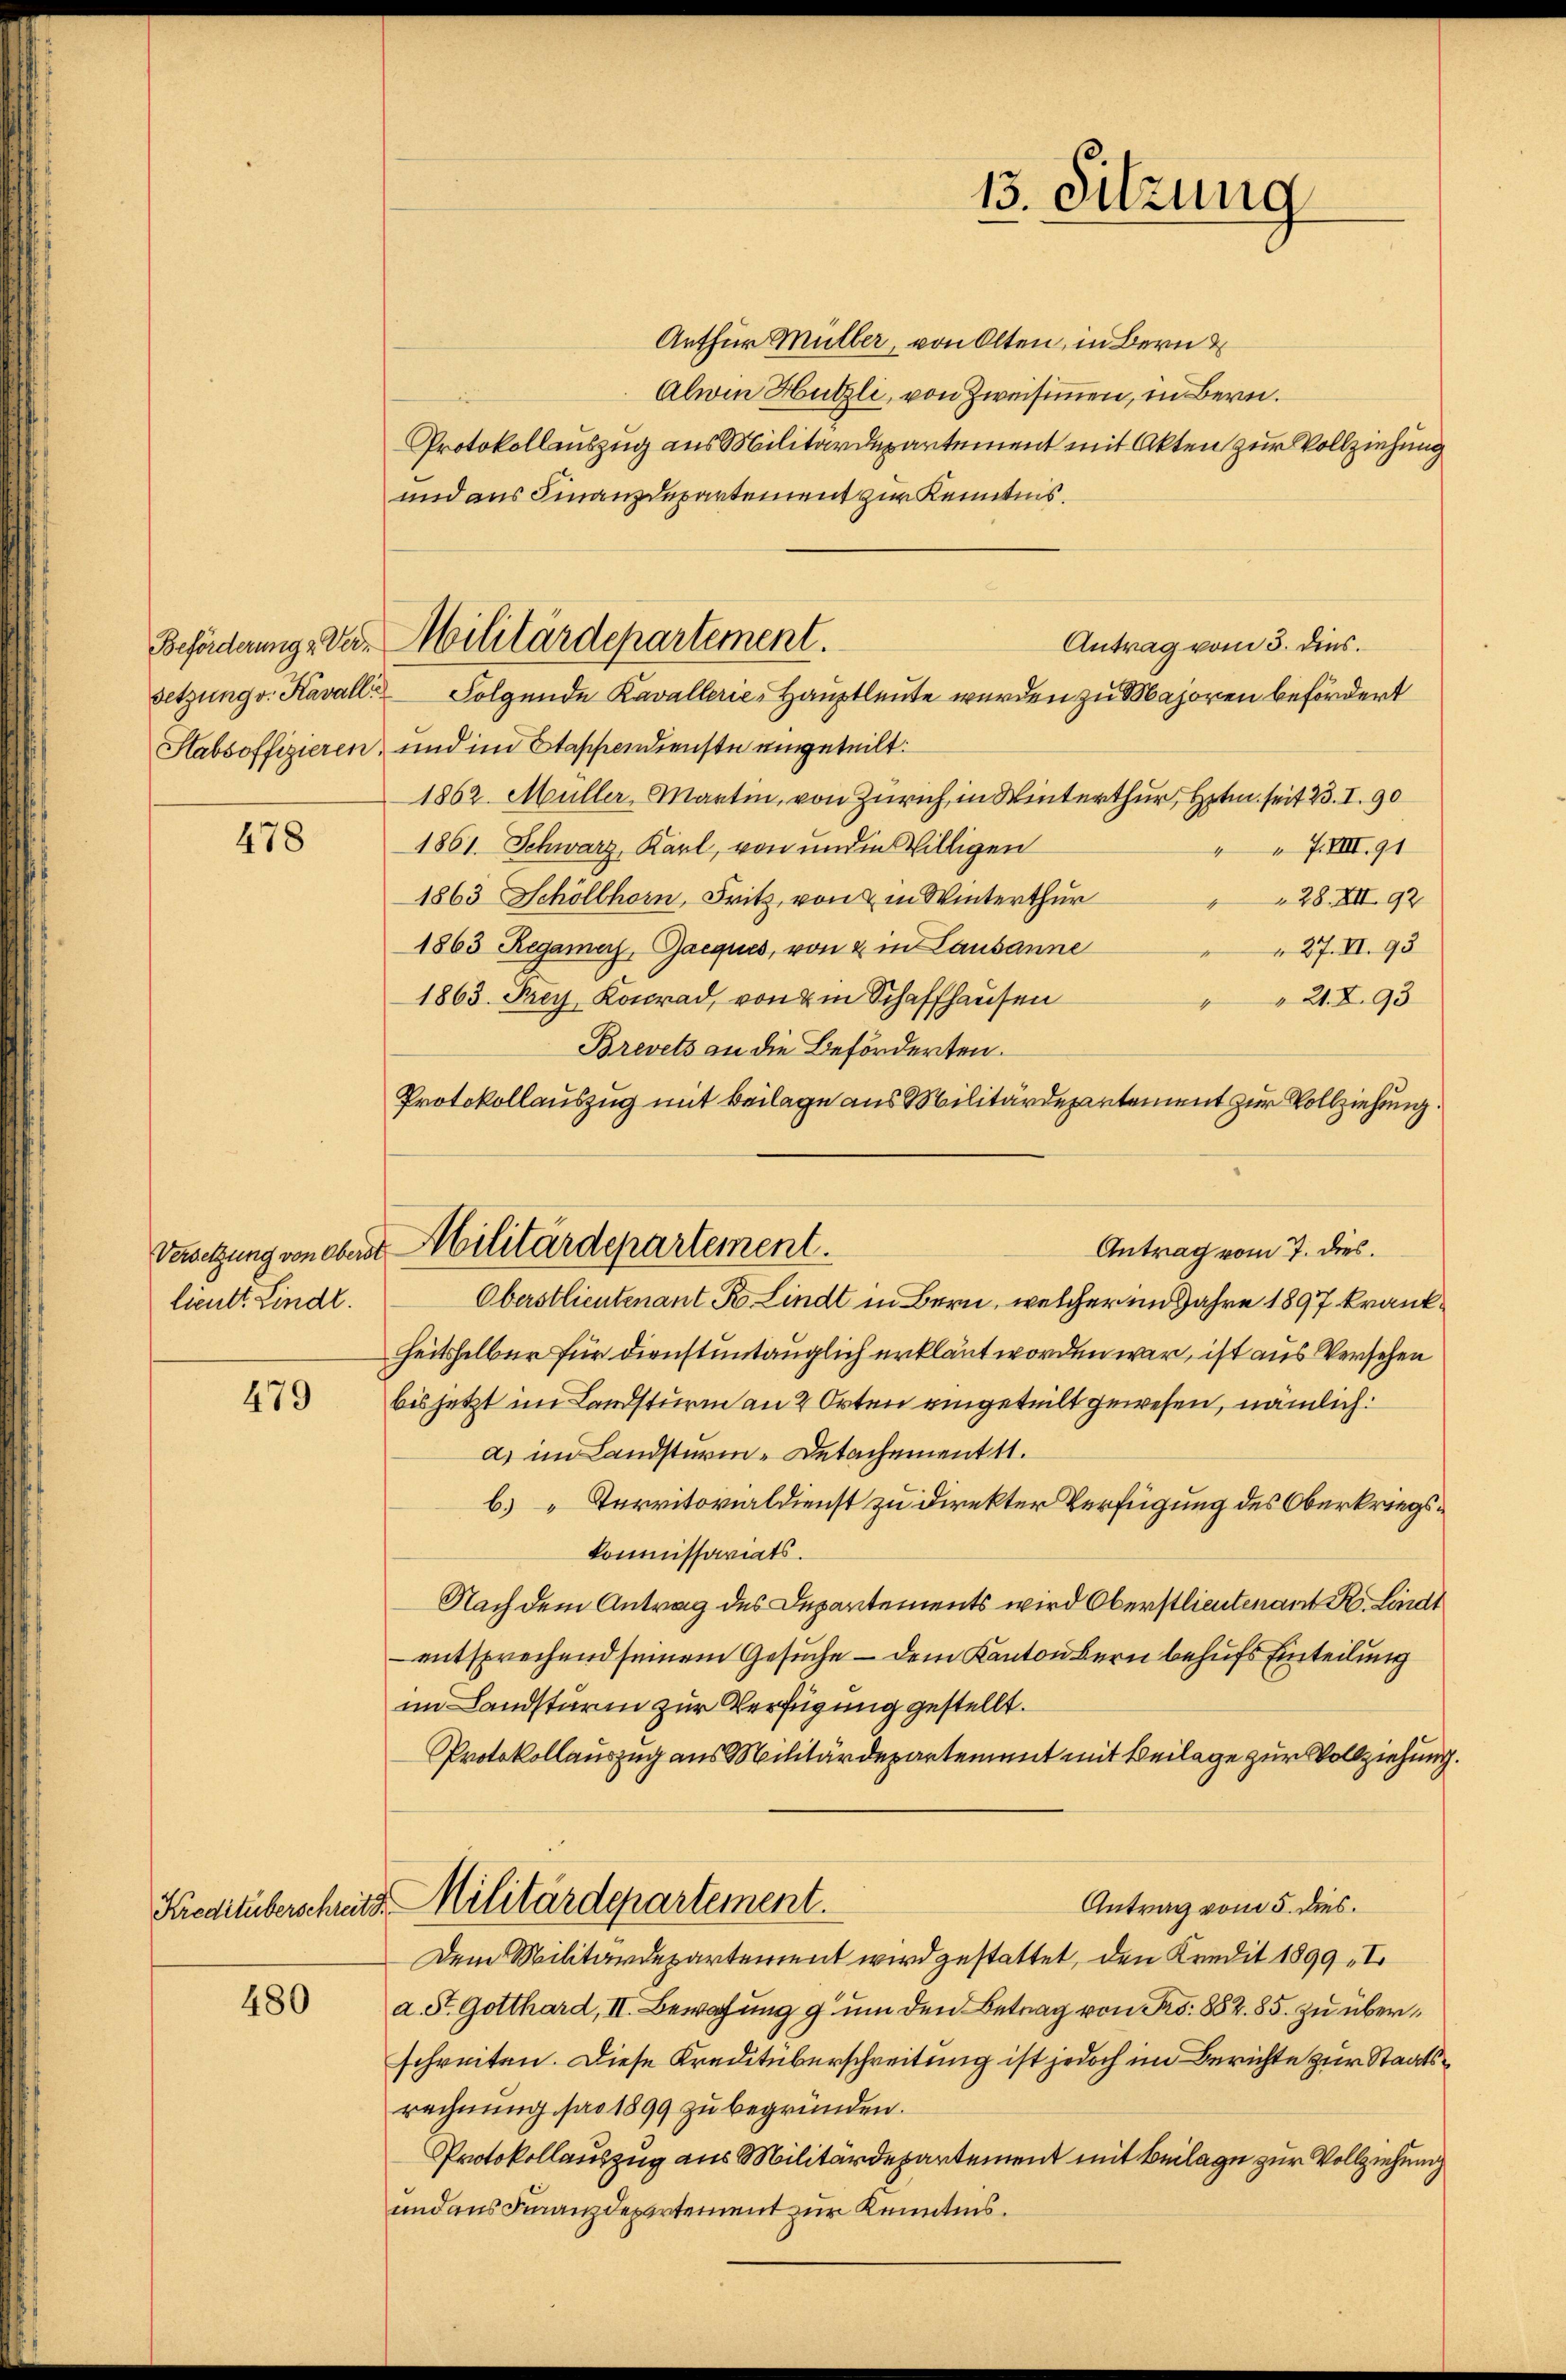
478

lieutt Lindt.

479

480

Arthur Müller, von Olten, in Bern
Alwin Hutzli, von Zweisimmen, in Bern.
Protokollauszug aus Militärdepartement mit Akten zur Vollziehung
und aus Finanzdepartement zur Kenntnis.
Antrag vom 5. dies.
setzung v. Kavalle Folgende Kavallerie-Hauptleute wurden zu Majoren befördert
Stabsoffizieren, und im Stappendienste eingeteilt:
1862. Müller, Martin, von Zürich in Winterthur, Hrn seit 23. I. 90
1861. Schwarz, Karl, von und in Willigen
 XVIII. 91
1863 Schöllhorn, Fritz, von & in Winterthur
 28. XII 92
1863 Regamers, Gaeques, von & in Lausanne
 27. II. 93
1863. Frey Konrad, von um Schaffhausen
21. 293
Brevets an die Beförderten.
Protokollauszug mit Beilage aus Militärdepartement zur Vollziehung.
Antrag vom 7. dies
Oberstlieutenant K Lindt in Bern, welcher im Jahre 1897 krankheitsselber für dienstuntauglich erklärt worden war, ist aus Versehen
bis jetzt im Landsturm an 2 Orten eingeteilt gewesen, nämlich:
a) im Landsturm- Detachement 11.
b) Territorialdienst zu direkter Verfügung des Oberkriegs¬
Kommissariats.
Nach dem Antrag des Departements wird Oberstlieutenant R. Lindt
 entsprechend seinem Gesuche – dem Kanton bern behufs Einteilung
im Landsturm zur Verfügung gestellt.
Protokollauszug aus Militärdepartement mit Beilage zur Vollziehung.
Antrag vom 5. dies
Kreditüberschmitte Militärdepartement.
Dem Militärdepartement wird gestattet, den Kredit 1899 I
a. St. Gotthard, II. Bewachung g um den Betrag von Fr. 882. 85. zu überschreiten. Diese Kreditüberschreitung ist jedoch im Berichte zur Staatsrechnung pro 1899 zu begründen.
Protokollauszug aus Militärdepartement mit Beilage zur Vollziehung
und aus Finanzdepartement zur Kenntnis.

Beförderung, Ver. Militärdepartement.

Versetzung von oben Militärdepartement.

13. Sitzung